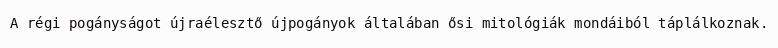
A régi pogányságot újraélesztő újpogányok általában ősi mitológiák mondáiból táplálkoznak.